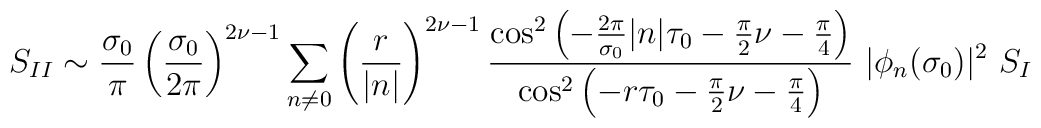
S_{II} \sim   \frac{\sigma_0}{\pi} \left( \frac{\sigma_0}{2\pi}\right)^{2\nu -1} \sum_{n \neq 0}^{} \left( \frac{r}{|n|} \right)^{2\nu -1}\frac{{\cos}^2 \left( - \frac{2\pi}{\sigma_0} |n| \tau_0 - \frac{\pi}{2}\nu - \frac{\pi}{4} \right) }{ {\cos}^2 \left( - r\tau_0- \frac{\pi}{2} \nu - \frac{\pi}{4} \right) }~ |\phi_n(\sigma_0)|^2 ~S_I